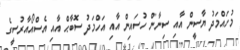
މުހައްމަދު ޔާސީން އާއި ސިނާން ހުސައިން އާއި އަހްމަދު ސޮބާޙް އާއި އެސްއޯއާރުސީގެ